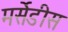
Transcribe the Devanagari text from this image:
मर्सेडीस